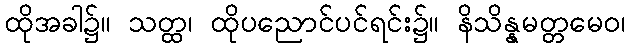
ထိုအခါ၌။ သတ္ထ၊ ထိုပညောင်ပင်ရင်း၌။ နိသိန္နမတ္တမေဝ၊